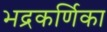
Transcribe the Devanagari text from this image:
भद्रकर्णिका